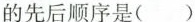
的先后顺序是( )